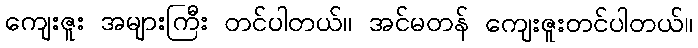
ကျေးဇူး အများကြီး တင်ပါတယ်။ အင်မတန် ကျေးဇူးတင်ပါတယ်။